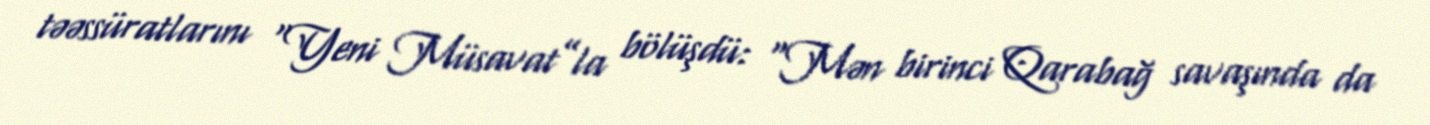
təəssüratlarını “Yeni Müsavat”la bölüşdü: “Mən birinci Qarabağ savaşında da